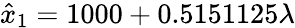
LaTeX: \hat{x}_{1}=1000+0.5151125\lambda